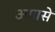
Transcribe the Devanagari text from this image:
अगासे